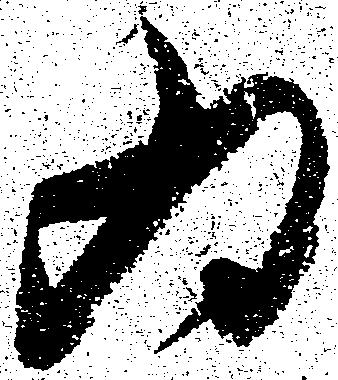
為